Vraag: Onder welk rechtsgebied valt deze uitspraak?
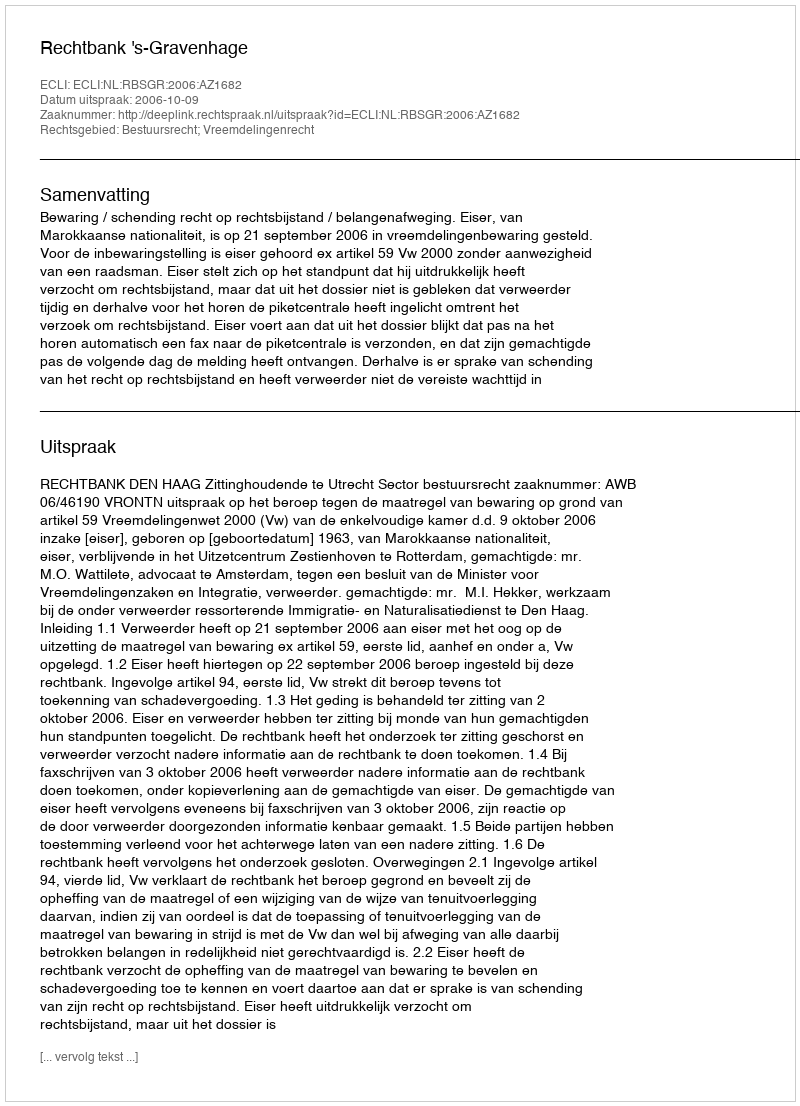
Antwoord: Bestuursrecht; Vreemdelingenrecht